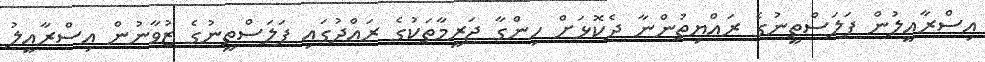
އިސްރާއީލުން ފަލަސްތީނުގެ ރައްޔިތުންނާ ދެކޮޅަށް ހިންގާ ޖަރީމާތަކުގެ ރައްދުގައި ފަލަސްތީނުގެ ޒުވާނުން އިސްރާއީލު